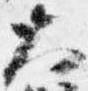
大